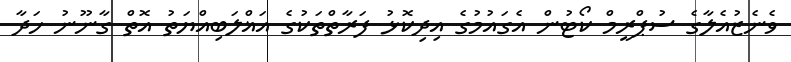
ވެނެޒުއެލާގެ ސުޕްރީމް ކޯޓުން އެގައުމުގެ އިދިކޮޅު ފަރާތްތަކުގެ އަޣްލަބިއްޔަތު އޮތް ގާނޫނު ހަދާ